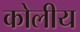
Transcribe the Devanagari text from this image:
कोलीय